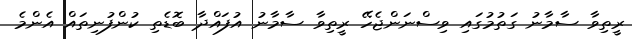
ރީތިވާ ސާމާނު ގަތުމުގައި ވިސްނަންޖެހޭ ރީތިވާ ސާމާނު އުފައްދާ ބޮޑެތި ކުންފުނިތައް އެންމެ